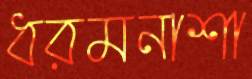
ধরমনাশা